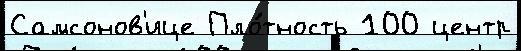
Самсонов'ице Пло́тность 100 центр